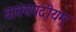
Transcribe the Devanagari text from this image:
वाक्यपदीयम्